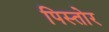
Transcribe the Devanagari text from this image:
पिस्तोर